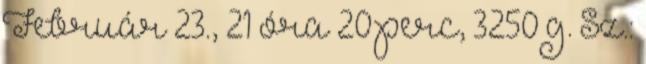
Február 23., 21 óra 20 perc, 3250 g. Sz.: